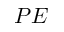
P E